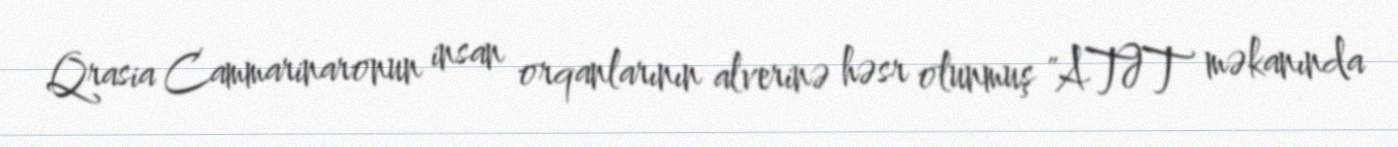
Qrasia Cammarinaronun insan orqanlarının alverinə həsr olunmuş "ATƏT məkanında